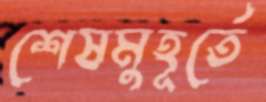
শেষমুহূর্তে